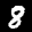
Label: 8